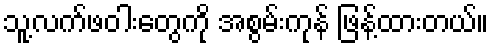
သူ့လက်ဖဝါးတွေကို အစွမ်းကုန် ဖြန့်ထားတယ်။